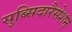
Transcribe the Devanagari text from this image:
सुब्सिदारैसेशन्